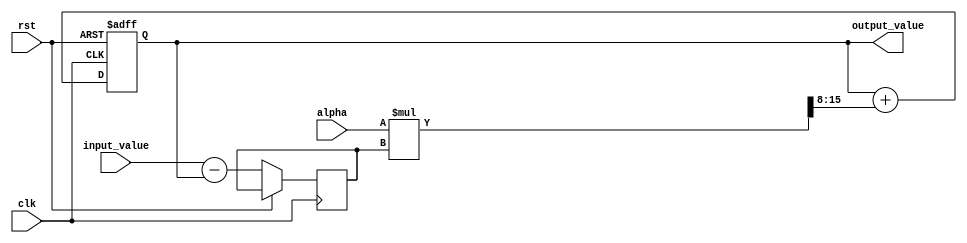
module EMA_accumulator (
    input wire clk,
    input wire rst,
    input wire [15:0] input_value,
    input wire [7:0] alpha,
    output wire [15:0] output_value
);

reg [15:0] ema_value;
reg [15:0] ema_temp;

always @(posedge clk or posedge rst) begin
    if (rst) begin
        ema_value <= 0;
    end else begin
        ema_temp <= input_value - ema_value;
        ema_value <= ema_value + (alpha * ema_temp >> 8);
    end
end

assign output_value = ema_value;

endmodule